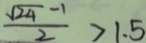
\frac { \sqrt { 2 4 } - 1 } { 2 } > 1 . 5